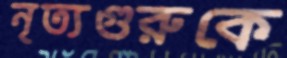
নৃত্যগুরুকে